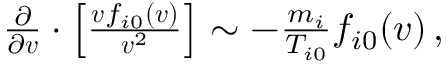
\begin{array} { r } { \frac { \partial } { \partial \boldsymbol { v } } \boldsymbol { \cdot } \left[ \frac { \boldsymbol { v } f _ { i 0 } ( \boldsymbol { v } ) } { \boldsymbol { v } ^ { 2 } } \right] \sim - \frac { m _ { i } } { T _ { i 0 } } f _ { i 0 } ( \boldsymbol { v } ) \, , } \end{array}